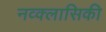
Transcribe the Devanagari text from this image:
नव्क्लासिकी